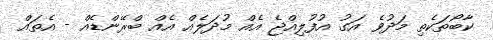
ކާބޯތަކެތި މަދުވެ އަގު އުފުލިއްޖެ އެއް މުދަލެއް އެއް ބްރޭންޑެއް - އެތައް